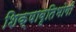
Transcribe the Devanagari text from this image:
शिक्षावृतिभोगी